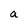
Character: a